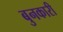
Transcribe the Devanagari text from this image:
बुनकारी